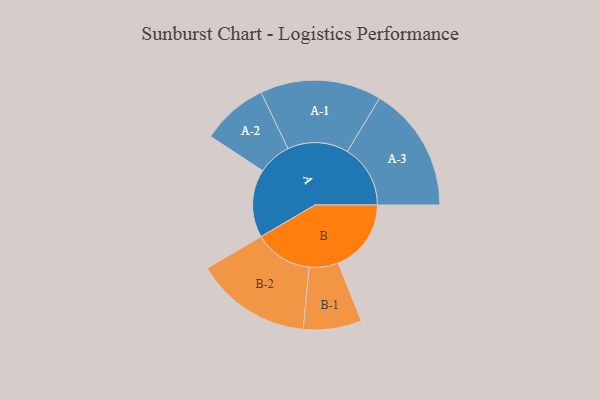
{"axis": {"x": "Segment", "y": "Value"}, "legend": ["", "A", "B"], "data": [{"x": "A", "y": 305, "type": ""}, {"x": "B", "y": 327, "type": ""}, {"x": "A-1", "y": 272, "type": "A"}, {"x": "A-2", "y": 149, "type": "A"}, {"x": "A-3", "y": 282, "type": "A"}, {"x": "B-1", "y": 130, "type": "B"}, {"x": "B-2", "y": 260, "type": "B"}]}